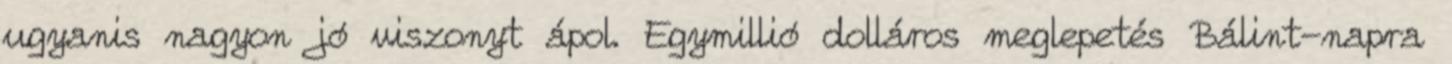
ugyanis nagyon jó viszonyt ápol. Egymillió dolláros meglepetés Bálint-napra